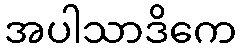
အပါသာဒိကေ